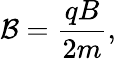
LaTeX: \mathcal{B}=\frac{qB}{2m},